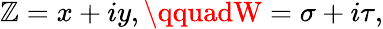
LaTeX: \mathbb{Z}=x+iy,\qquadW=\sigma+i\tau,